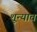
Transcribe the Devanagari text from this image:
शून्यात